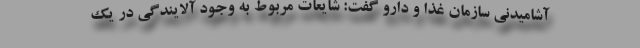
آشامیدنی سازمان غذا و دارو گفت: شایعات مربوط به وجود آلایندگی در یک